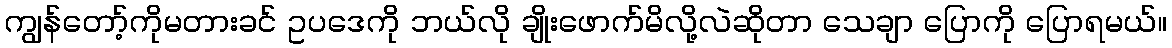
ကျွန်တော့်ကိုမတားခင် ဥပဒေကို ဘယ်လို ချိုးဖောက်မိလို့လဲဆိုတာ သေချာ ပြောကို ပြောရမယ်။